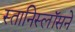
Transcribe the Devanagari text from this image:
स्तानिस्लॉसने